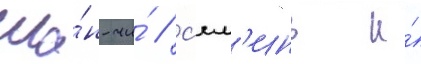
Ша́н-чи́ / с'ял'инь и́